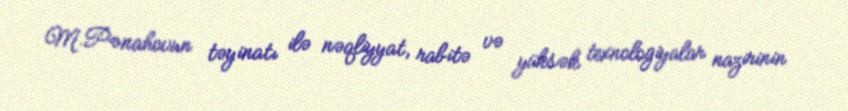
M.Pənahovun təyinatı ilə nəqliyyat, rabitə və yüksək texnologiyalar nazirinin